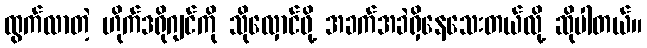
ထွက်လာတဲ့ ဟိုက်ဒရိုဂျင်ကို သိုလှောင်ဖို့ အခက်အခဲရှိနေသေးတယ်လို့ ဆိုပါတယ်။